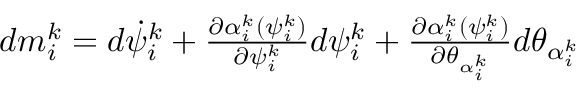
\begin{array} { r } { d m _ { i } ^ { k } = d \dot { \psi } _ { i } ^ { k } + \frac { \partial \alpha _ { i } ^ { k } ( \psi _ { i } ^ { k } ) } { \partial \psi _ { i } ^ { k } } d \psi _ { i } ^ { k } + \frac { \partial \alpha _ { i } ^ { k } ( \psi _ { i } ^ { k } ) } { \partial \theta _ { \alpha _ { i } ^ { k } } } d \theta _ { \alpha _ { i } ^ { k } } } \end{array}